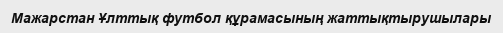
Мажарстан Ұлттық футбол құрамасының жаттықтырушылары